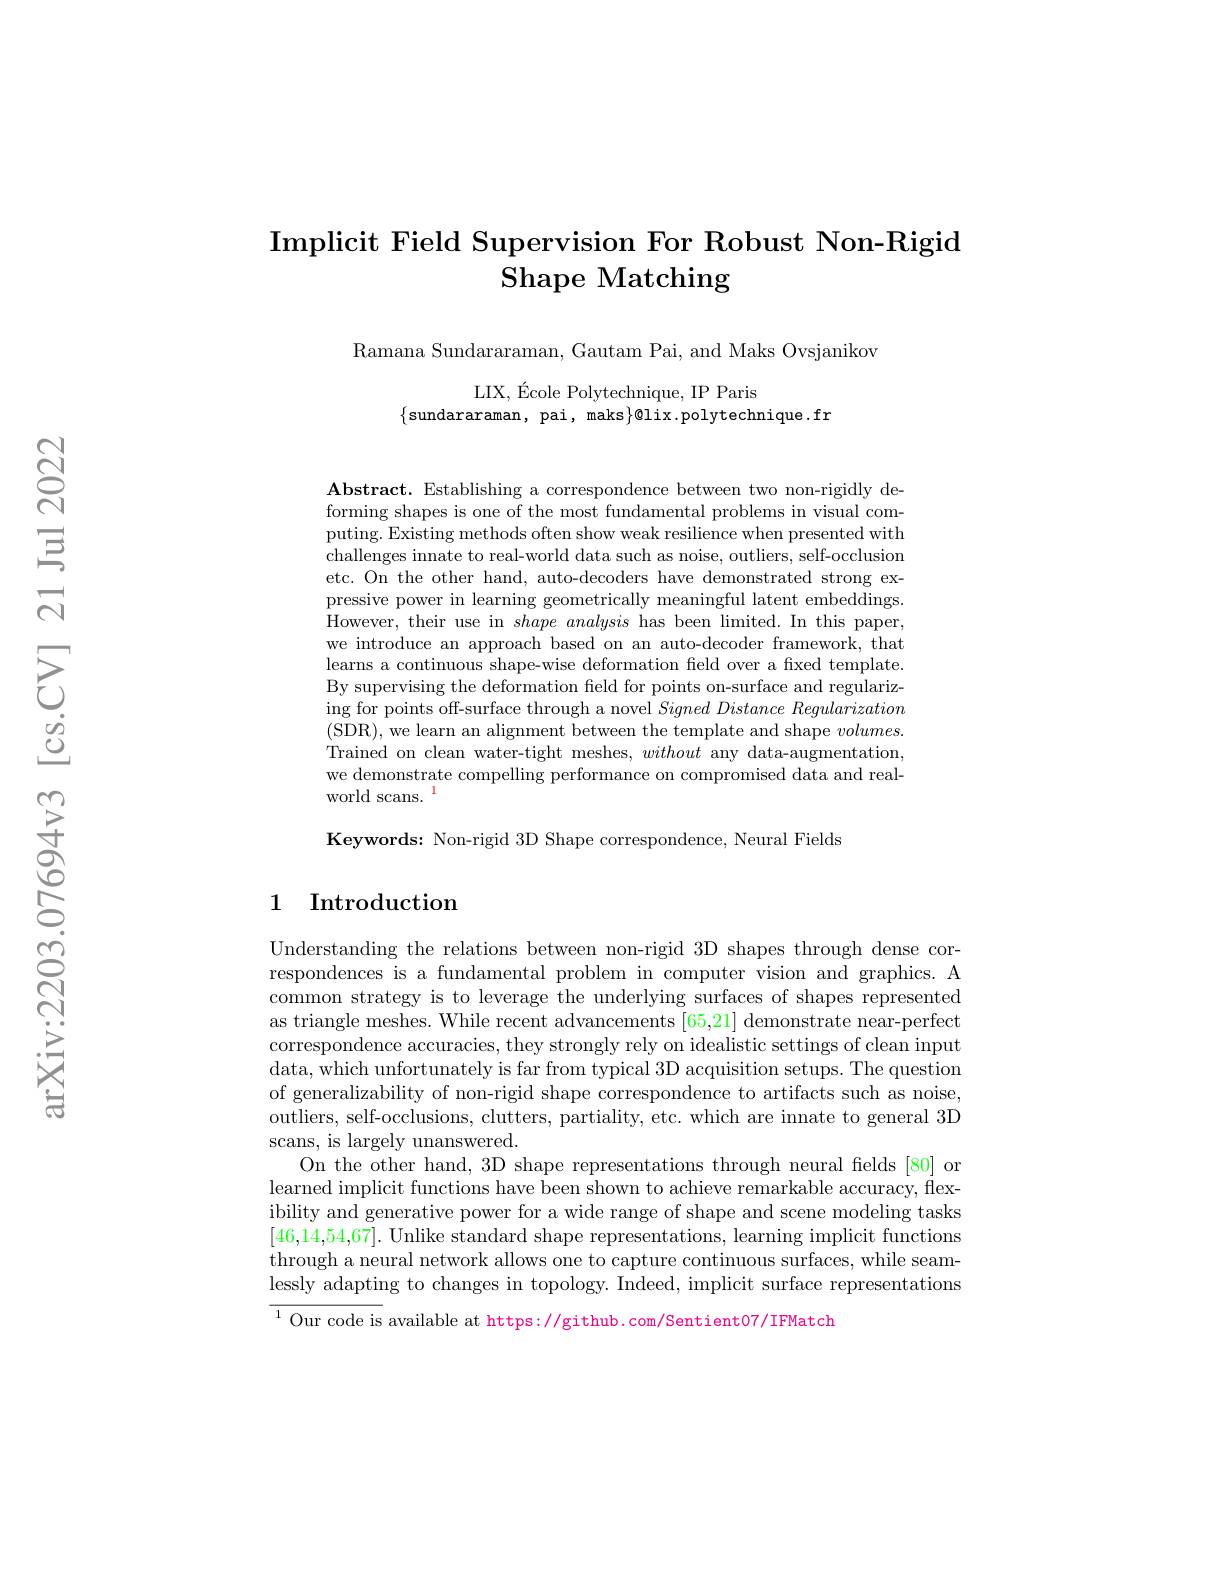
## Implicit Field Supervision For Robust Non-Rigid Shape Matching

Ramana Sundararaman, Gautam Pai, and Maks Ovsjanikov

LIX, École Polytechnique, IP Paris
$\{$sundararaman, pai, maks$\}@$lix.polytechnique.fr

Abstract. Establishing a correspondence between two non-rigidly deforming shapes is one of the most fundamental problems in visual computing. Existing methods often show weak resilience when presented with challenges innate to real-world data such as noise, outliers, self-occlusion etc. On the other hand, auto-decoders have demonstrated strong expressive power in learning geometrically meaningful latent embeddings. However, their use in $shape\textit{analysis has been limited. In this paper, }$ we introduce an approach based on an auto-decoder framework, that learns a continuous shape-wise deformation field over a fxed template. By supervising the deformation field for points on-surface and regularizing for points off-surface through a novel $Signed\textit{Distance Regularization}$ (SDR),we learn an alignment between the template and shape $volumes.$ Trained on clean water-tight meshes, without any data-augmentation, we demonstrate compelling performance on compromised data and realworld scans.

Keywords: Non-rigid 3D Shape correspondence, Neural Fields

## 1 Introduction

Understanding the relations between non-rigid 3D shapes through dense correspondences is a fundamental problem in computer vision and graphics. A common strategy is to leverage the underlying surfaces of shapes represented as triangle meshes. While recent advancements [65,21] demonstrate near-perfect correspondence accuracies, they strongly rely on idealistic settings of clean input data, which unfortunately is far from typical 3D acquisition setups. The question of generalizability of non-rigid shape correspondence to artifacts such as noise, outliers, self-occlusions, clutters, partiality, etc. which are innate to general 3D scans, is largely unanswered.
On the other hand, 3D shape representations through neural fields [80] or learned implicit functions have been shown to achieve remarkable accuracy, flexibility and generative power for a wide range of shape and scene modeling tasks [46,14,54,67]. Unlike standard shape representations, learning implicit functions through a neural network allows one to capture continuous surfaces, while seamlessly adapting to changes in topology. Indeed, implicit surface representations

$\overline{^{1}\text{Our code is}}$ available at https://github.com/Sentient07/IFMatch